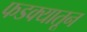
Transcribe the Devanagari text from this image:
फडक्यातून